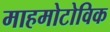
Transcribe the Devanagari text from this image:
माहमोटोविक